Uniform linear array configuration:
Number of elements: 32
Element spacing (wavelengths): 1
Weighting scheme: hann
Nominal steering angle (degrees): -60
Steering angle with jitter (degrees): -59.623
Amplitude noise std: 0.05
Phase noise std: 0.05

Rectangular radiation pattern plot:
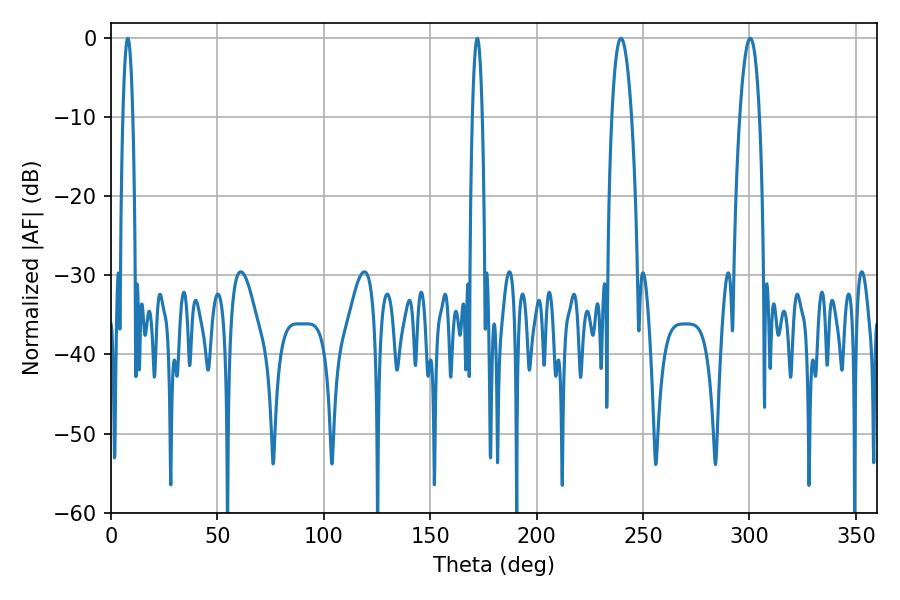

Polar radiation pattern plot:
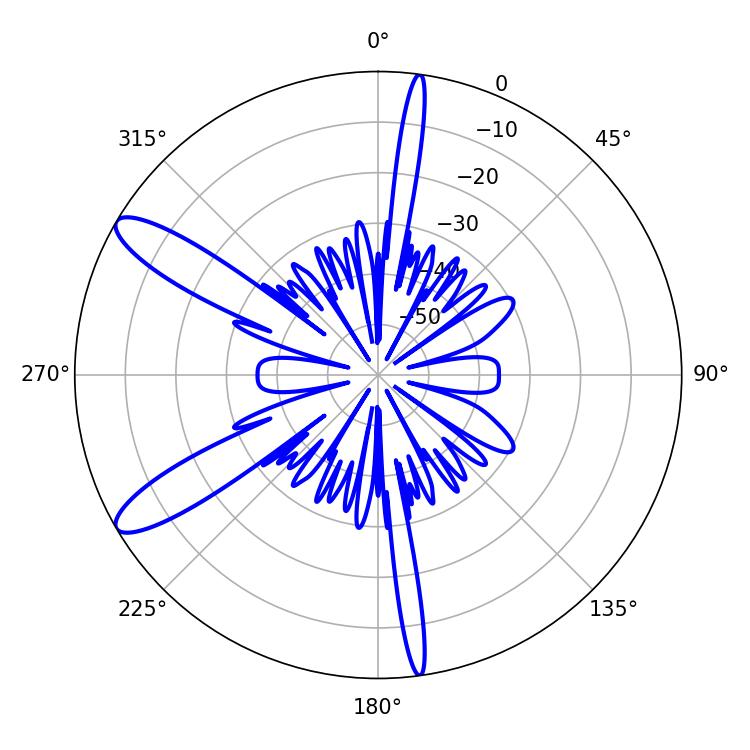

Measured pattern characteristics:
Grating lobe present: TRUE
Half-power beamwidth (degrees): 5.04
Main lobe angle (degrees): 239.58